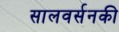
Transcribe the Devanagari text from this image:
सालवर्सनकी